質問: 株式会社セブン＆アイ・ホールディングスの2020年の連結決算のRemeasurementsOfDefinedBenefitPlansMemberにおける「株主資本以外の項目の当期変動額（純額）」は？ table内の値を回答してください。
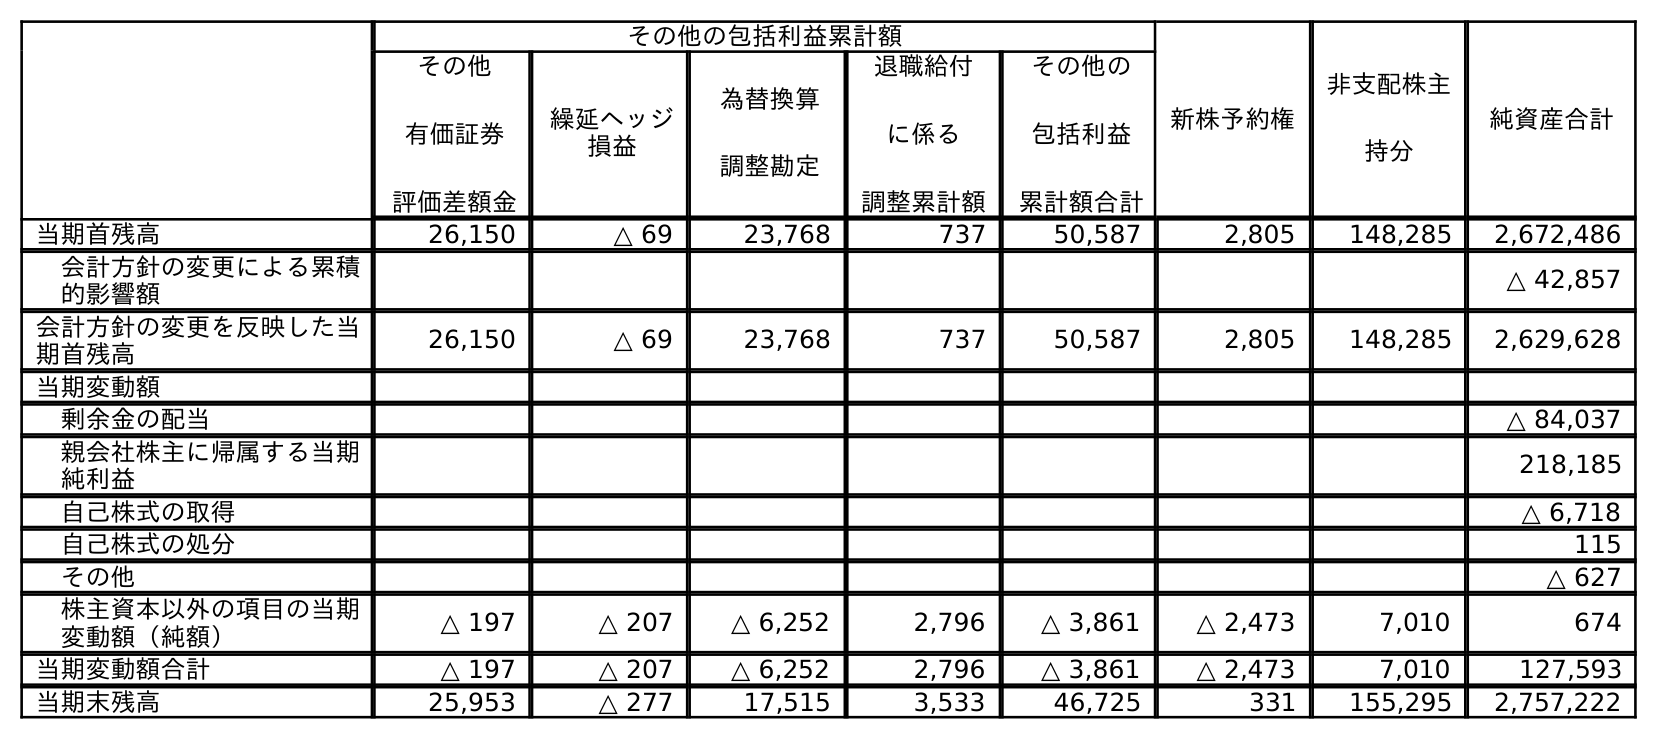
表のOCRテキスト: その他の包括利益累計額 新株予約権 非支配株主 持分 純資産合計 その他 有価証券 評価差額金 繰延ヘッジ 損益 為替換算 調整勘定 退職給付 に係る 調整累計額 その他の 包括利益 累計額合計 当期首残高 26,150 △ 69 23,768 737 50,587 2,805 148,285 2,672,486 会計方針の変更による累積 的影響額 △ 42,857 会計方針の変更を反映した当 期首残高 26,150 △ 69 23,768 737 50,587 2,805 148,285 2,629,628 当期変動額 剰余金の配当 △ 84,037 親会社株主に帰属する当期 純利益 218,185 自己株式の取得 △ 6,718 自己株式の処分 115 その他 △ 627 株主資本以外の項目の当期 変動額（純額） △ 197 △ 207 △ 6,252 2,796 △ 3,861 △ 2,473 7,010 674 当期変動額合計 △ 197 △ 207 △ 6,252 2,796 △ 3,861 △ 2,473 7,010 127,593 当期末残高 25,953 △ 277 17,515 3,533 46,725 331 155,295 2,757,222
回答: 2,796